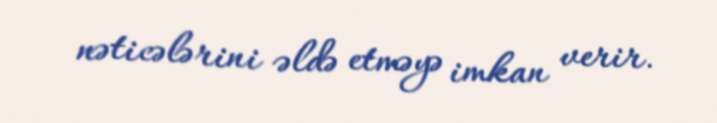
nəticələrini əldə etməyə imkan verir.